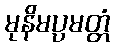
မုနိမပ္ပမတ္တံ